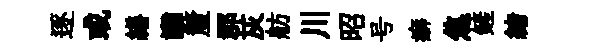
逐或繕讟釐郡灰舫川昭号癖焦鏟緖